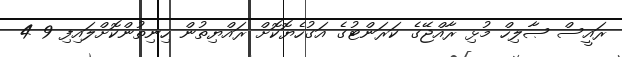
ރައީސް ޞާލިހް މުޅި ރާއްޖޭގެ ކަރަންޓުގެ އަގުހެޔޮކޮށް ރައްޔިތުން ހިނިތުންކޮށްލައިފި 9 4